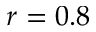
r = 0 . 8